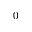
0